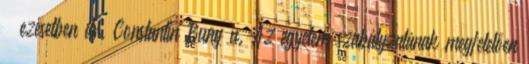
– ezesetben dr. Constantin Bungău. Az egyetem szabályzatának megfelelően